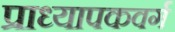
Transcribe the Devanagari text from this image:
प्राध्यापकवर्ग